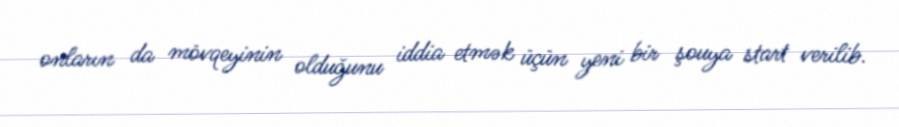
onların da mövqeyinin olduğunu iddia etmək üçün yeni bir şouya start verilib.